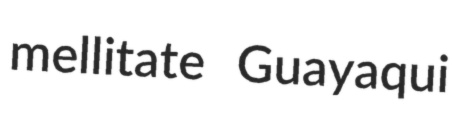
mellitate Guayaqui